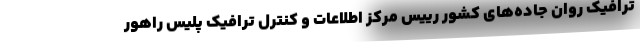
ترافیک روان جاده‌های کشور رییس مرکز اطلاعات و کنترل ترافیک پلیس راهور